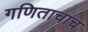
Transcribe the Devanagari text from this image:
गणिताचाच